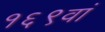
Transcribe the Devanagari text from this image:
१६९वां